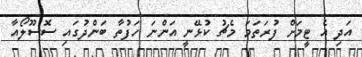
އަދި އެ ޓީމަށް ފުރަތަމަ މެޗު ކުޅޭނީ އަންނަ ހަފުތާ ބަންދުގައި ސޮސޫލޯއާ